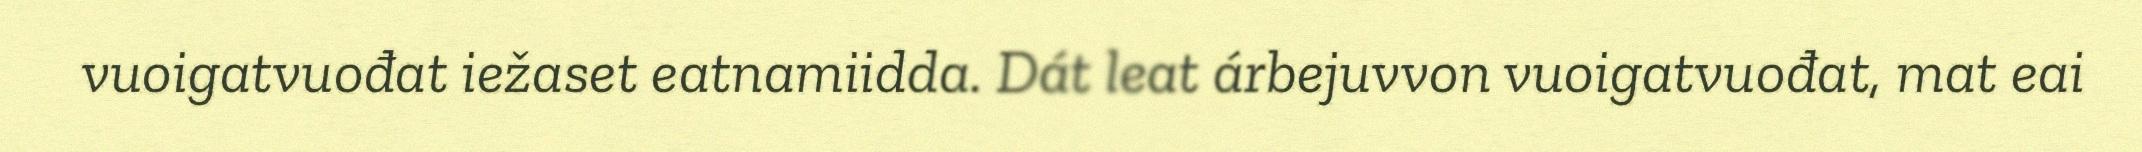
vuoigatvuođat iežaset eatnamiidda. Dát leat árbejuvvon vuoigatvuođat, mat eai